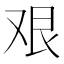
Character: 艰